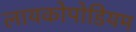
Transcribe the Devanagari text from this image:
लायकोपोडियम